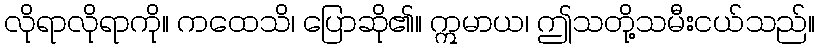
လိုရာလိုရာကို။ ကထေသိ၊ ပြောဆို၏။ ဣမာယ၊ ဤသတို့သမီးငယ်သည်။